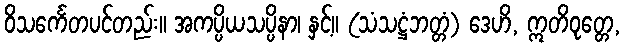
ဝိသင်္ကေတပင်တည်း။ အကပ္ပိယသပ္ပိနာ၊ နှင့်။ (သံသဋ္ဌံဘတ္တံ) ဒေဟိ, ဣတိဝုတ္တေ,